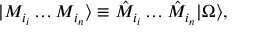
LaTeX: | M _ { i _ { i } } \dots M _ { i _ { n } } \rangle \equiv \hat { M } _ { i _ { i } } \dots \hat { M } _ { i _ { n } } | \Omega \rangle ,